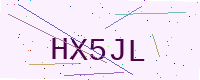
Text: HX5JL